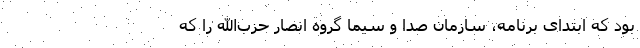
بود که ابتدای برنامه، سازمان صدا و سیما گروه انصار حزب‌الله را که